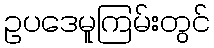
ဥပဒေမူကြမ်းတွင်